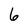
Character: 6